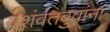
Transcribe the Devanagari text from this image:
यशंवंतबुवांना